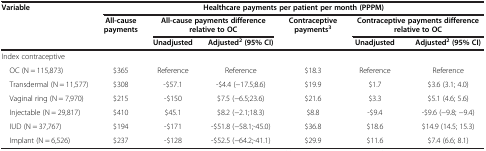
<table><thead><tr><td><b>Variable</b></td><td colspan="6"><b>Healthcare payments per patient per month (PPPM)</b></td></tr><tr><td><b> </b></td><td><b>All-cause payments</b></td><td colspan="2"><b>All-cause payments difference relative to OC</b></td><td><b>Contraceptive payments<sup>3</sup></b></td><td colspan="2"><b>Contraceptive payments difference relative to OC</b></td></tr><tr><td><b> </b></td><td><b> </b></td><td><b>Unadjusted</b></td><td><b>Adjusted<sup>2 </sup>(95% CI)</b></td><td><b> </b></td><td><b>Unadjusted</b></td><td><b>Adjusted<sup>2 </sup>(95% CI)</b></td></tr></thead><tbody><tr><td>Index contraceptive</td><td> </td><td> </td><td> </td><td> </td><td> </td><td> </td></tr><tr><td> OC (N = 115,873)</td><td>$365</td><td>Reference</td><td>Reference</td><td>$18.3</td><td>Reference</td><td>Reference</td></tr><tr><td> Transdermal (N = 11,577)</td><td>$308</td><td>-$57.1</td><td>-$4.4 (−17.5;8.6)</td><td>$19.9</td><td>$1.7</td><td>$3.6 (3.1; 4.0)</td></tr><tr><td> Vaginal ring (N = 7,970)</td><td>$215</td><td>-$150</td><td>$7.5 (−6.5;23.6)</td><td>$21.6</td><td>$3.3</td><td>$5.1 (4.6; 5.6)</td></tr><tr><td> Injectable (N = 29,817)</td><td>$410</td><td>$45.1</td><td>$8.2 (−2.1;18.3)</td><td>$8.8</td><td>-$9.4</td><td>-$9.6 (−9.8; −9.4)</td></tr><tr><td> IUD (N = 37,767)</td><td>$194</td><td>-$171</td><td>-$51.8 (−58.1;-45.0)</td><td>$36.8</td><td>$18.6</td><td>$14.9 (14.5; 15.3)</td></tr><tr><td> Implant (N = 6,526)</td><td>$237</td><td>-$128</td><td>-$52.5 (−64.2;-41.1)</td><td>$29.9</td><td>$11.6</td><td>$7.4 (6.6; 8.1)</td></tr></tbody></table>